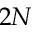
2 N